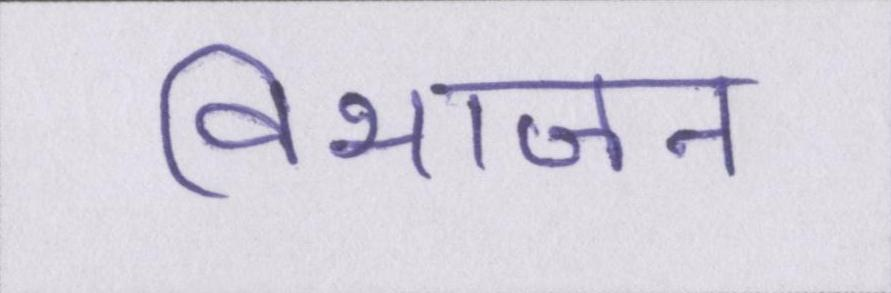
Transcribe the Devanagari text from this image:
विभाजन